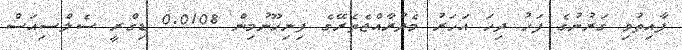
ފާއިތުވި ގަރުނުގެ ފަހު ދިހަ އަހަރު މެދުރާއްޖެތެރޭގެ ފިނިހޫނުމިން 0.0108 ޑިގްރީ ސެލްސިއަސް